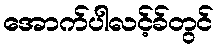
အောက်ပါလင့်ခ်တွင်